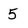
Character: 5